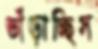
ভাঁড়াচ্ছিস